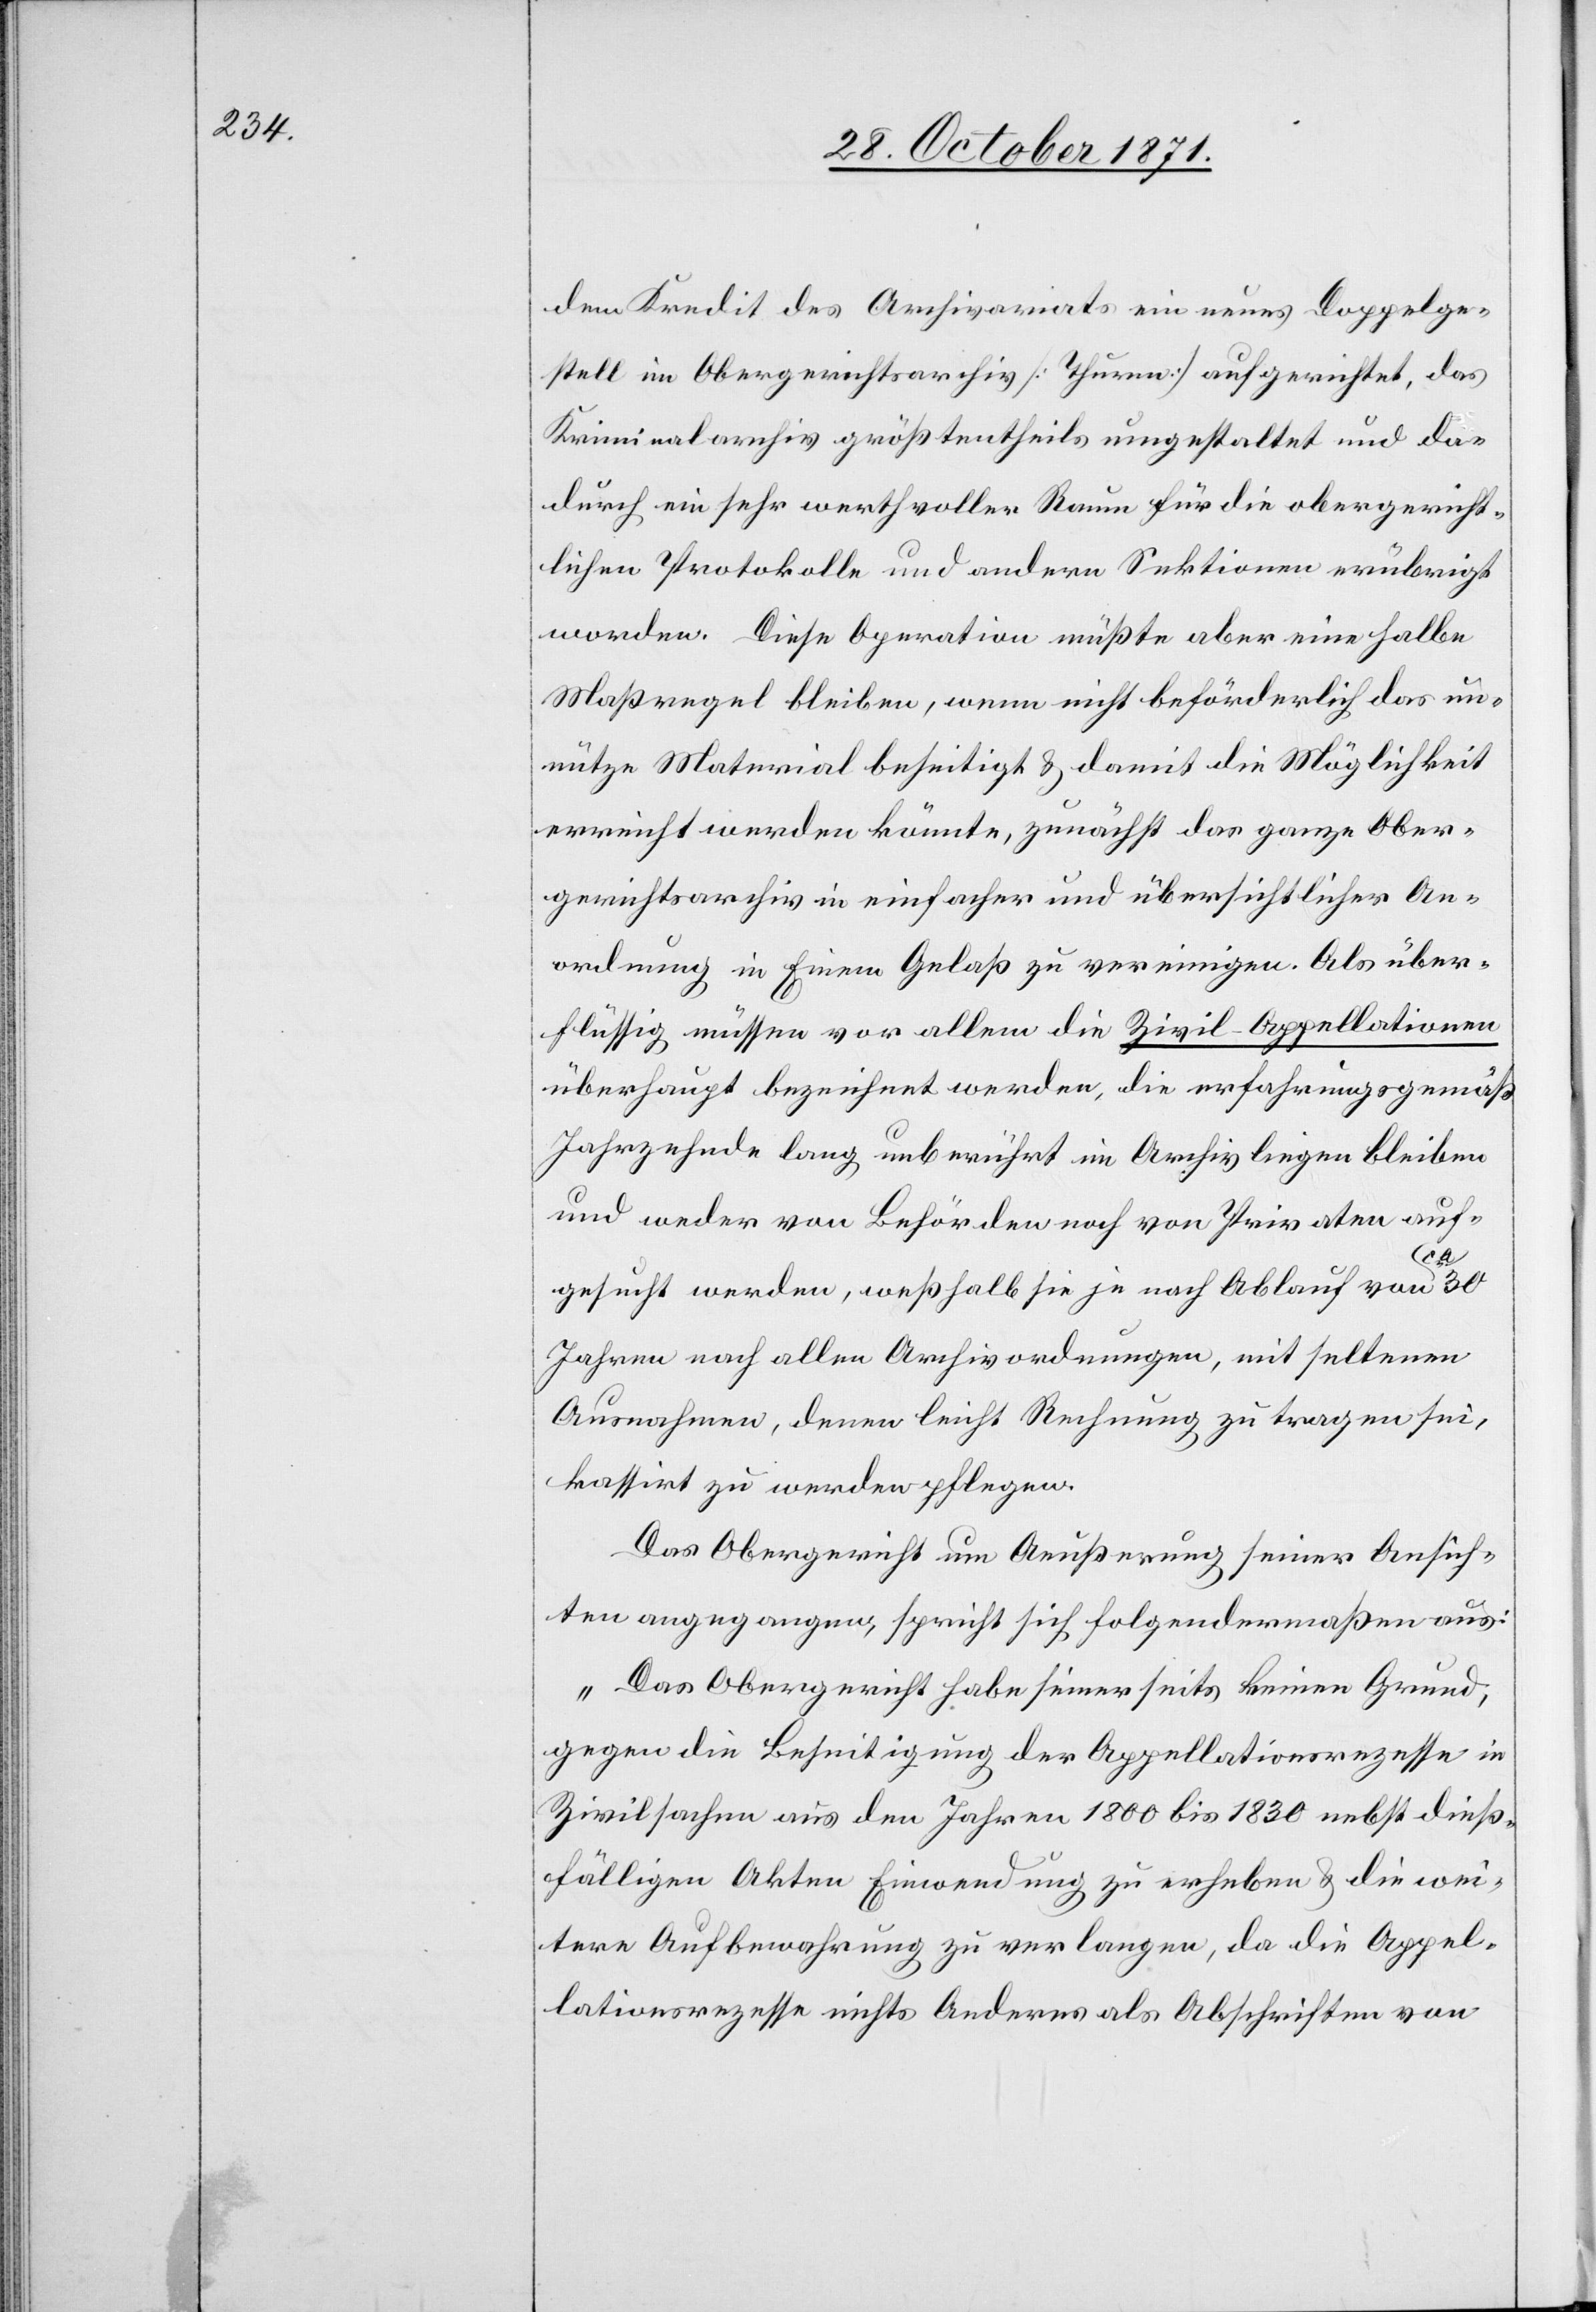
dem Kredit des Archivariats ein neues Doppelge¬
stell im Obergerichtsarchiv [Thurn] aufgerichtet, das
Kriminalarchiv größtentheils umgestaltet und das
lichen Protokolle und andere Sektionen erübrigt
worden. Diese Operation müßte aber eine halbe
Maßregel bleiben, wenn nicht beförderlich das un¬
nütze Material beseitigt & damit die Möglichkeit
erreicht werden könnte, zunächst das ganze Ober¬
gerichtsarchiv in einfacher und übersichtlicher An¬
ordnung in Einem Gelaß zu vereinigen. Als über¬
flüssig müssen vor allem die Zivil-Appellationen
überhaupt bezeichnet werden, die erfahrungsgemäß
Jahrzehende lang unberührt im Archiv liegen bleiben
und weder von Behörden noch von Privaten auf¬
richt¬
gesucht werden, weßhalb sie je nach Ablauf von ca.
Jahren nach allen Archivordnungen, mit seltenen
Ausnahmen, denen leicht Rechnung zu tragen sei,
kassirt zu werden pflegen.
Das Obergericht um Aeußerung seiner Ansich¬
ten angegangen, spricht sich folgendermaßen aus:
„Das Obergericht habe seinerseits keinen Grund,
gegen die Beseitigung der Appellationsrezesse in
Zivilsachen aus den Jahren 1800 bis 1830 nebst dieß¬
fälligen Akten Einwendung zu erheben & die wei¬
tere Aufbewahrung zu verlangen, da die Appel¬
lationsrezesse nichts Anderes als Abschriften von